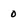
Character: 0